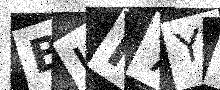
Text: BJH7YQ